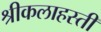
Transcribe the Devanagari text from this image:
श्रीकलाहस्ती